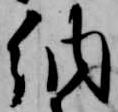
納